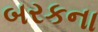
બરકના